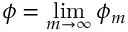
\phi = \operatorname* { l i m } _ { m \to \infty } \phi _ { m }